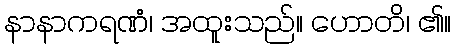
နာနာကရဏံ၊ အထူးသည်။ ဟောတိ၊ ၏။